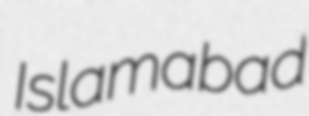
Islamabad